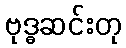
ဗုဒ္ဓဆင်းတု